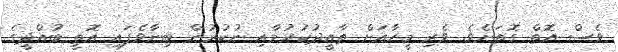
ވެސް އޮތް ގޮތަށެވެ. ވެރި މީހާއަށް ތާއީދުކުރުމާއި ނުކުރުން ބިނާވެފައި އޮތީ ބުއްދީގެ